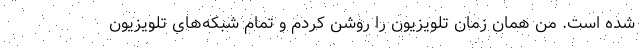
شده است. من همان زمان تلویزیون را روشن کردم و تمام شبکه‌های تلویزیون